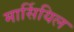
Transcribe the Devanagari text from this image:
मार्सियिल